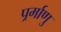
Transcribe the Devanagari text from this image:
पर्र्माणु